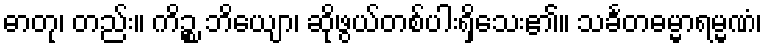
ဓာတု၊ တည်း။ ကိဉ္စ ဘိယျော၊ ဆိုဖွယ်တစ်ပါးရှိသေး၏။ သင်္ခတဓမ္မာရမ္မဏံ၊